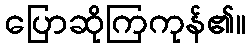
ပြောဆိုကြကုန်၏။